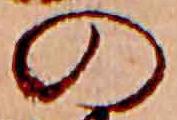
の